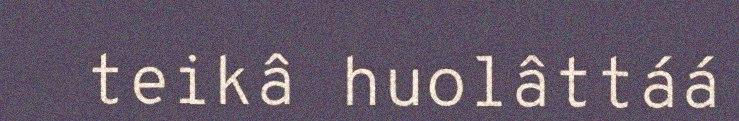
teikâ huolâttáá